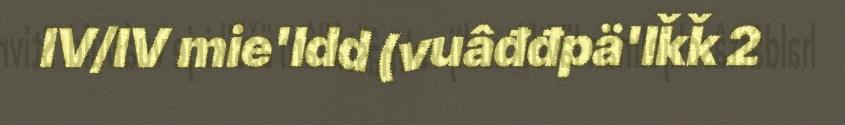
IV/IV mie'ldd (vuâđđpä'lǩǩ 2